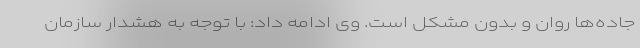
جاده‌ها روان و بدون مشکل است. وی ادامه داد: با توجه به هشدار سازمان